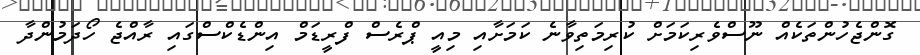
ގޮންޖެހުންތަކެއް ނޫސްވެރިކަމަށް ކުރިމަތިވާނެ ކަމަށާއި މިއީ ޕްރެސް ފްރީޑަމް އިންޑެކްސްގައި ރާއްޖެ ހޯދަމުންދާ